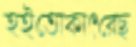
হইতোকাৎরেছ